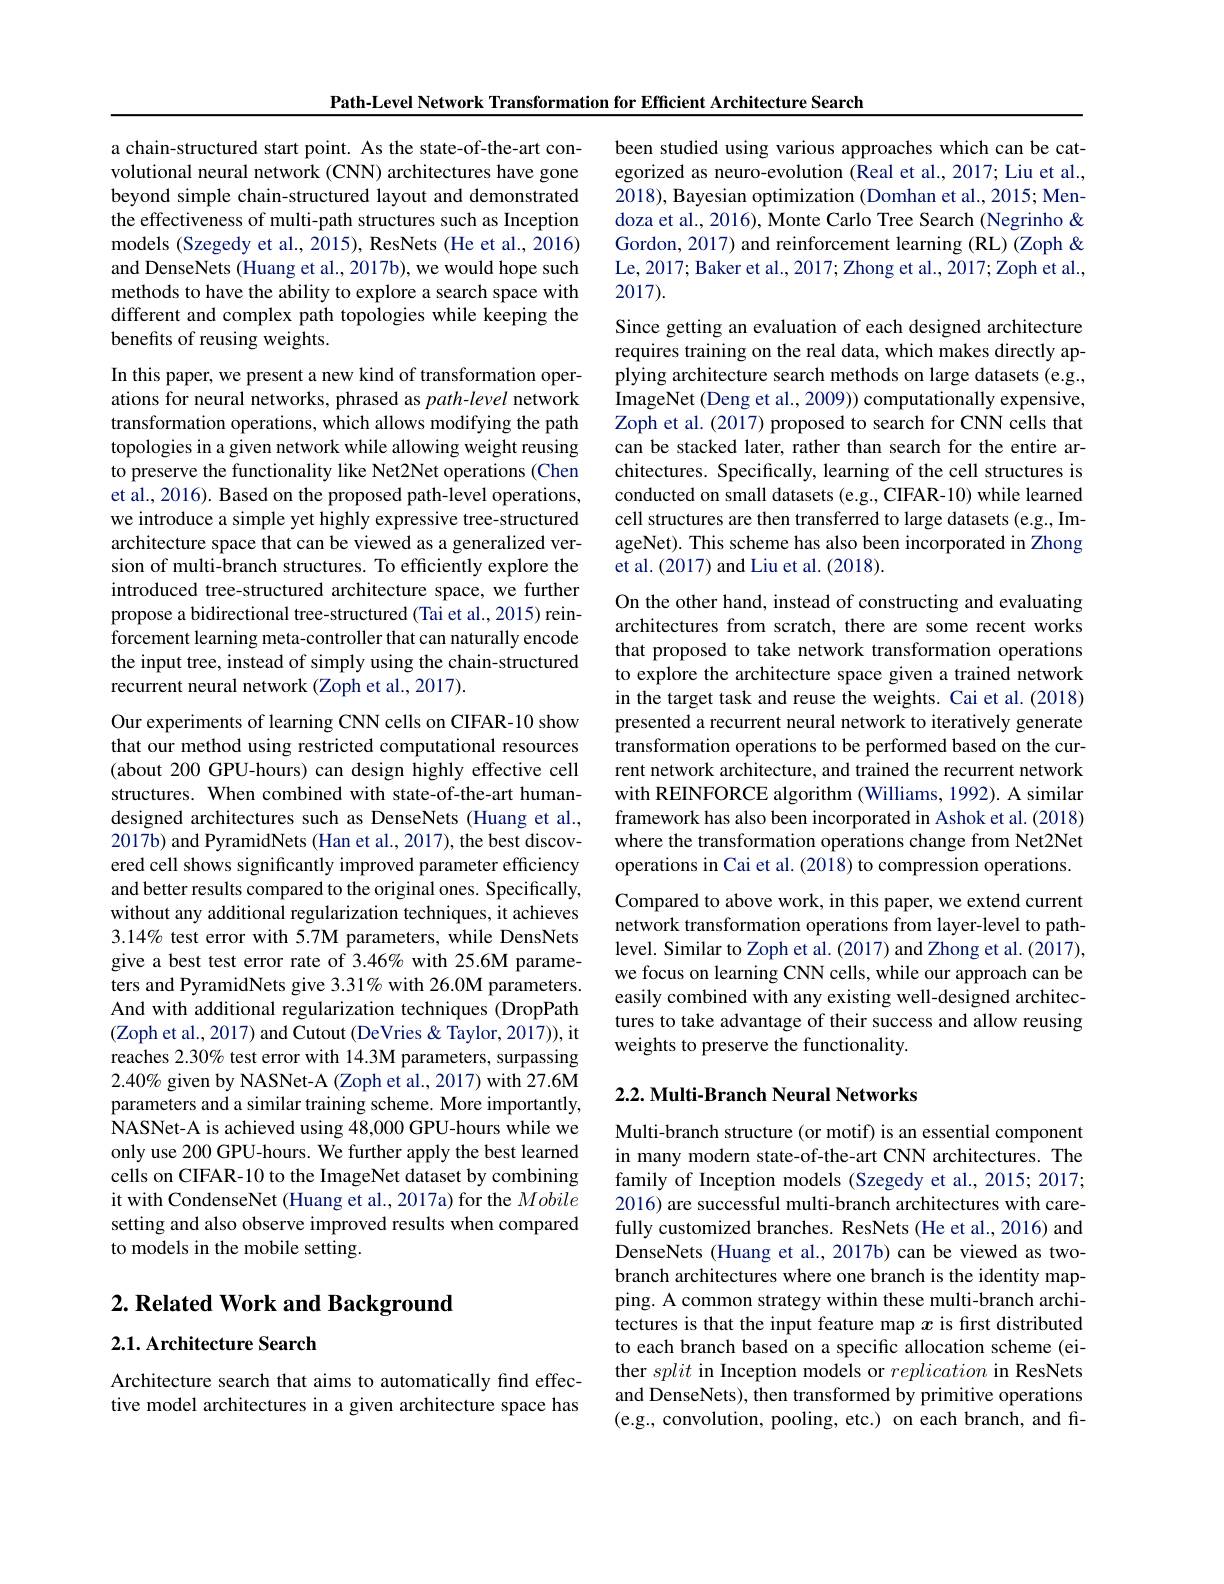
Path-Level Network Transformation for Efficient Architecture Search

a chain-structured start point. As the state-of-the-art convolutional neural network (CNN) architectures have gone beyond simple chain-structured layout and demonstrated the effectiveness of multi-path structures such as Inception models (Szegedy et al., 2015), ResNets (He et al., 2016) and DenseNets (Huang et al., 2017b), we would hope such methods to have the ability to explore a search space with different and complex path topologies while keeping the benefits of reusing weights.

In this paper, we present a new kind of transformation oper-

ations for neural networks, phrased as path-level network

transformation operations, which allows modifying the path

topologies in a given network while allowing weight reusing

to preserve the functionality like Net2Net operations (Chen

et al., 2016). Based on the proposed path-level operations,

we introduce a simple yet highly expressive tree-structured

architecture space that can be viewed as a generalized ver-

sion of multi-branch structures. To efficiently explore the

introduced tree-structured architecture space, we further

propose a bidirectional tree-structured (Tai et al., 2015) rein-

forcement learning meta-controller that can naturally encode

the input tree, instead of simply using the chain-structured

recurrent neural network (Zoph et al.,2017).
Our experiments of learning CNN cells on CIFAR-10 show that our method using restricted computational resources (about 200 GPU-hours) can design highly effective cell structures. When combined with state-of-the-art humandesigned architectures such as DenseNets (Huang et al., 2017b) and PyramidNets (Han et al., 2017), the best discovered cell shows significantly improved parameter efficiency and better results compared to the original ones. Specifically, without any additional regularization techniques, it achieves 3.14% test error with 5.7M parameters, while DensNets give a best test error rate of 3.46% with 25.6M parameters and PyramidNets give 3.31% with 26.0M parameters. And with additional regularization techniques (DropPath (Zoph et al., 2017) and Cutout (DeVries & Taylor, 2017)), it reaches 2.30% test error with 14.3M parameters, surpassing $2.40\%$ given by NASNet-A (Zoph et al., 2017) with 27.6M parameters and a similar training scheme. More importantly, NASNet-A is achieved using 48,000 GPU-hours while we only use 200 GPU-hours. We further apply the best learned cells on CIFAR-10 to the ImageNet dataset by combining it with CondenseNet (Huang et al., 2017a) for the Mobile setting and also observe improved results when compared to models in the mobile setting.

$2. \textbf{ Related Work and Background}$

2.1. Architecture Search

Architecture search that aims to automatically find effective model architectures in a given architecture space has

been studied using various approaches which can be categorized as neuro-evolution (Real et al., 2017; Liu et al., 2018), Bayesian optimization (Domhan et al., 2015; Mendoza et al., 2016), Monte Carlo Tree Search (Negrinho & Gordon, 2017) and reinforcement learning (RL) (Zoph & Le, 2017; Baker et al., 2017; Zhong et al., 2017; Zoph et al., 2017).
Since getting an evaluation of each designed architecture requires training on the real data, which makes directly applying architecture search methods on large datasets (e.g., ImageNet (Deng et al., 2009)) computationally expensive, Zoph et al. (2017) proposed to search for CNN cells that can be stacked later, rather than search for the entire architectures. Specifically, learning of the cell structures is conducted on small datasets (e.g., CIFAR-10) while learned cell structures are then transferred to large datasets (e.g., ImageNet). This scheme has also been incorporated in Zhong et al. (2017) and Liu et al. (2018).

On the other hand, instead of constructing and evaluating architectures from scratch, there are some recent works that proposed to take network transformation operations to explore the architecture space given a trained network in the target task and reuse the weights. Cai et al.(2018) presented a recurrent neural network to iteratively generate transformation operations to be performed based on the current network architecture, and trained the recurrent network with REINFORCE algorithm (Williams, 1992). A similar framework has also been incorporated in Ashok et al. (2018) where the transformation operations change from Net2Net operations in Cai et al. (2018) to compression operations. Compared to above work, in this paper, we extend current network transformation operations from layer-level to pathlevel. Similar to Zoph et al. (2017) and Zhong et al. (2017), we focus on learning CNN cells, while our approach can be easily combined with any existing well-designed architectures to take advantage of their success and allow reusing weights to preserve the functionality.

## 2.2. Multi-Branch Neural Networks

Multi-branch structure (or motif) is an essential component in many modern state-of-the-art CNN architectures. The family of Inception models (Szegedy et al., 2015; 2017; 2016) are successful multi-branch architectures with carefully customized branches. ResNets (He et al., 2016) and DenseNets (Huang et al., 2017b) can be viewed as twobranch architectures where one branch is the identity mapping. A common strategy within these multi-branch architectures is that the input feature map $x$ is first distributed to each branch based on a specific allocation scheme (either split in Inception models or replication in ResNets and DenseNets), then transformed by primitive operations (e.g., convolution, pooling, etc.) on each branch, and fi-